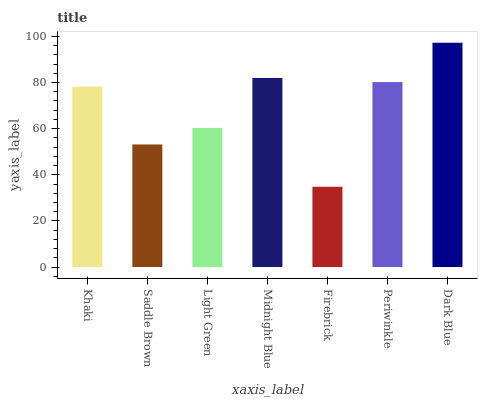
| xaxis_label | bars |
 | --- | --- |
 | Khaki | 78.2 |
 | Saddle Brown | 53.1 |
 | Light Green | 60.3 |
 | Midnight Blue | 82 |
 | Firebrick | 34.8 |
 | Periwinkle | 80.2 |
 | Dark Blue | 97.3 |